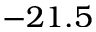
- 2 1 . 5